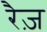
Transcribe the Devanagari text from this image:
रैज़